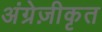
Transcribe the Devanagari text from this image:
अंग्रेज़ीकृत